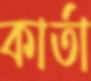
কার্তা